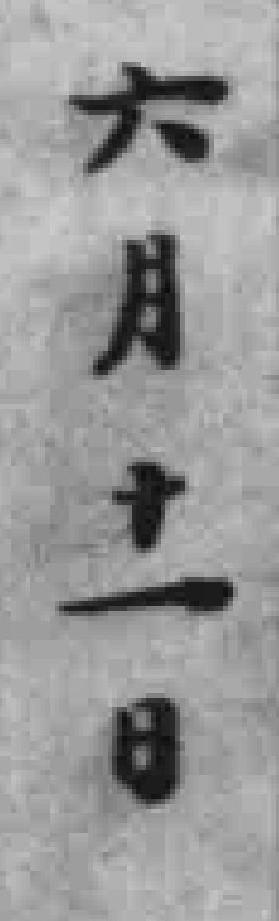
六月十一日